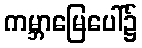
ကမ္ဘာမြေပေါ်၌